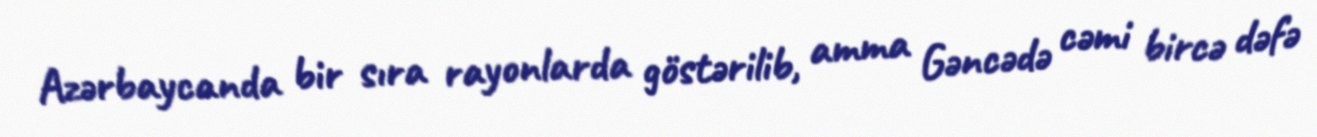
Azərbaycanda bir sıra rayonlarda göstərilib, amma Gəncədə cəmi bircə dəfə